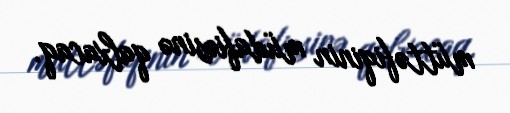
müttəfiqinin müdafiəsinə qalxacaq.